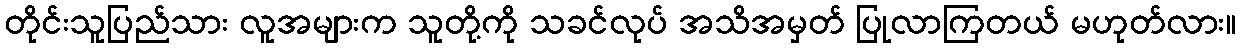
တိုင်းသူပြည်သား လူအများက သူတို့ကို သခင်လုပ် အသိအမှတ် ပြုလာကြတယ် မဟုတ်လား။